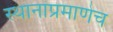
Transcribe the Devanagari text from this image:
स्थानांप्रमाणेच